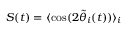
S ( t ) = \langle \cos ( 2 \tilde { \theta } _ { i } ( t ) ) \rangle _ { i }